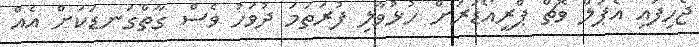
ޖެހިފައި އެޕަލް ވޮޗް ޕްރީއޯޑަރަށް ހުޅުވާލި ފުރަތަމަ ދުވަހު ވެސް ގާތްގަނޑަކަށް އެއް